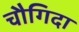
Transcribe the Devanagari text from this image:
चौगिदा